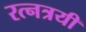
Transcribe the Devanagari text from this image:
रत्नत्रयी